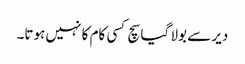
دیر سے بولا گیا سچ کسی کام کا نہیں ہوتا۔